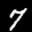
Label: 7